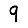
Digit: 9